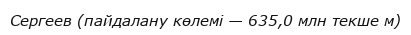
Сергеев (пайдалану көлемі — 635,0 млн текше м)